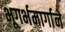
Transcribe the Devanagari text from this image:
भूगर्भमार्गाने